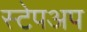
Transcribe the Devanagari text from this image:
स्टेपअप